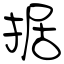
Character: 据